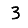
Digit: 3